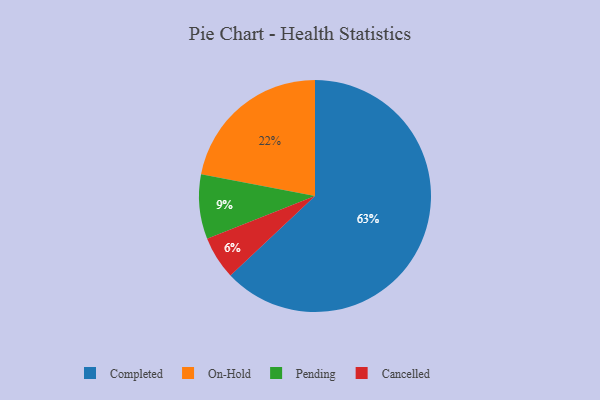
{"axis": {"x": "Category", "y": "Percentage"}, "legend": ["Cancelled", "Completed", "On-Hold", "Pending"], "data": [{"x": "Cancelled", "y": 6, "type": "Cancelled"}, {"x": "Completed", "y": 63, "type": "Completed"}, {"x": "Pending", "y": 9, "type": "Pending"}, {"x": "On-Hold", "y": 22, "type": "On-Hold"}]}